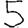
Digit: 5